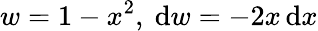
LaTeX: w=1-x^{2},\ \mathrm{d}w=-2x\, \mathrm{d}x